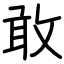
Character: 敢